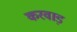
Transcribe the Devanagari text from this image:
करवाड़